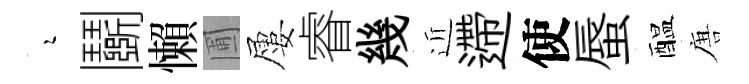
瑟鬬懶圃屢睿幾近遰使蜃醖唐